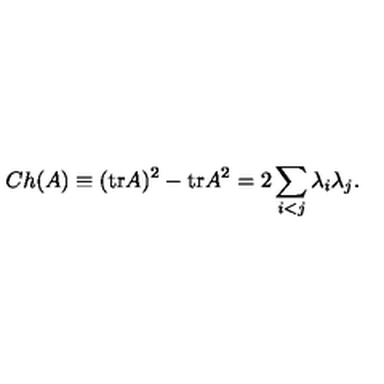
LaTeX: C h ( A ) \equiv ( \mathrm { t r } A ) ^ { 2 } - \mathrm { t r } A ^ { 2 } = 2 \sum _ { i < j } \lambda _ { i } \lambda _ { j } .